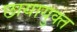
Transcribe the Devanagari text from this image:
छायायुक्‍त